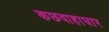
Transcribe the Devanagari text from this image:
कछवाहाघार